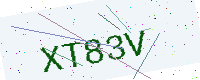
Text: XT83V